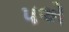
૫એ